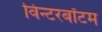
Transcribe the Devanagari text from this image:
विन्टरबॉटम